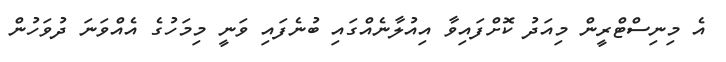
އެ މިނިސްޓްރީން މިއަދު ކޮށްފައިވާ އިއުލާނެއްގައި ބުނެފައި ވަނީ މިމަހުގެ އެއްވަނަ ދުވަހުން